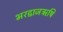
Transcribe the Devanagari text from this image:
भरद्वाजऋषि